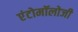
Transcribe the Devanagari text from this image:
एंटोमॉलोजी